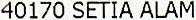
40170 SETIA ALAM